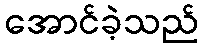
အောင်ခဲ့သည်